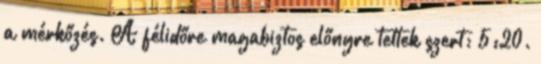
a mérkőzés. A félidőre magabiztos előnyre tettek szert; 5:20.